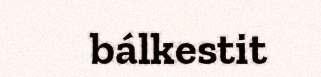
bálkestit